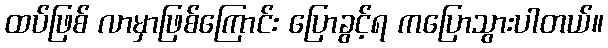
ထပ်ဖြစ် လာမှာဖြစ်ကြောင်း ပြောခွင့်ရ ကပြောသွားပါတယ်။